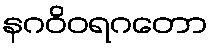
နဂဝိဝရဂတော